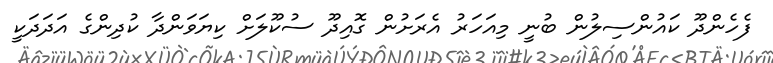
ފެހެންދޫ ކައުންސިލުން ބުނީ މިއަހަރު އެރަށުން ގޮއިދޫ ސުކޫލަށް ކިޔަވަންދާ ކުދިންގެ އަދަދަކީ